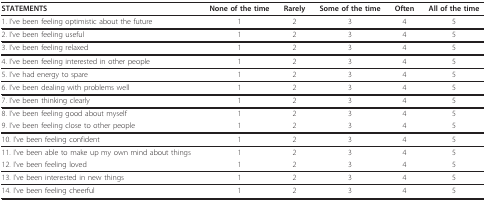
<table><thead><tr><td><b>STATEMENTS</b></td><td><b>None of the time</b></td><td><b>Rarely</b></td><td><b>Some of the time</b></td><td><b>Often</b></td><td><b>All of the time</b></td></tr></thead><tbody><tr><td>1. I&#x27;ve been feeling optimistic about the future</td><td>1</td><td>2</td><td>3</td><td>4</td><td>5</td></tr><tr><td>2. I&#x27;ve been feeling useful</td><td>1</td><td>2</td><td>3</td><td>4</td><td>5</td></tr><tr><td>3. I&#x27;ve been feeling relaxed</td><td>1</td><td>2</td><td>3</td><td>4</td><td>5</td></tr><tr><td>4. I&#x27;ve been feeling interested in other people</td><td>1</td><td>2</td><td>3</td><td>4</td><td>5</td></tr><tr><td>5. I&#x27;ve had energy to spare</td><td>1</td><td>2</td><td>3</td><td>4</td><td>5</td></tr><tr><td>6. I&#x27;ve been dealing with problems well</td><td>1</td><td>2</td><td>3</td><td>4</td><td>5</td></tr><tr><td>7. I&#x27;ve been thinking clearly</td><td>1</td><td>2</td><td>3</td><td>4</td><td>5</td></tr><tr><td>8. I&#x27;ve been feeling good about myself</td><td>1</td><td>2</td><td>3</td><td>4</td><td>5</td></tr><tr><td>9. I&#x27;ve been feeling close to other people</td><td>1</td><td>2</td><td>3</td><td>4</td><td>5</td></tr><tr><td>10. I&#x27;ve been feeling confident</td><td>1</td><td>2</td><td>3</td><td>4</td><td>5</td></tr><tr><td>11. I&#x27;ve been able to make up my own mind about things</td><td>1</td><td>2</td><td>3</td><td>4</td><td>5</td></tr><tr><td>12. I&#x27;ve been feeling loved</td><td>1</td><td>2</td><td>3</td><td>4</td><td>5</td></tr><tr><td>13. I&#x27;ve been interested in new things</td><td>1</td><td>2</td><td>3</td><td>4</td><td>5</td></tr><tr><td>14. I&#x27;ve been feeling cheerful</td><td>1</td><td>2</td><td>3</td><td>4</td><td>5</td></tr></tbody></table>